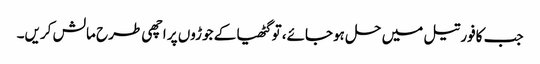
جب کافور تیل میں حل ہوجائے، تو گٹھیا کے جوڑوں پر اچھی طرح مالش کریں۔